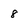
Character: 8